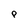
Character: p